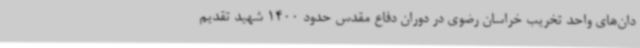
دان‌های واحد تخریب خراسان رضوی در دوران دفاع مقدس حدود 1400 شهید تقدیم